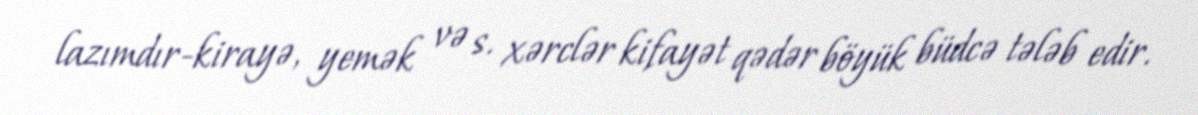
lazımdır-kirayə, yemək və s. xərclər kifayət qədər böyük büdcə tələb edir.